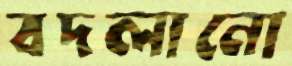
বদলানো